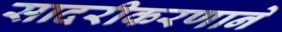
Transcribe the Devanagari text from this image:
सादरीकरणाने